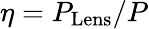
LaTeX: \eta=P_{\mathrm{Lens}}/P